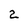
Character: 2